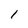
Character: 1